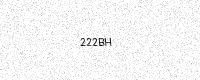
Text: 222BH